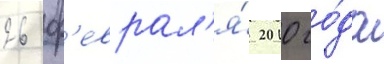
26 ф'еврал'я́ 2010 го́да